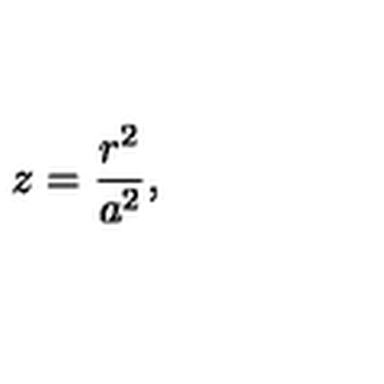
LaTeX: z = \frac { r ^ { 2 } } { a ^ { 2 } } ,